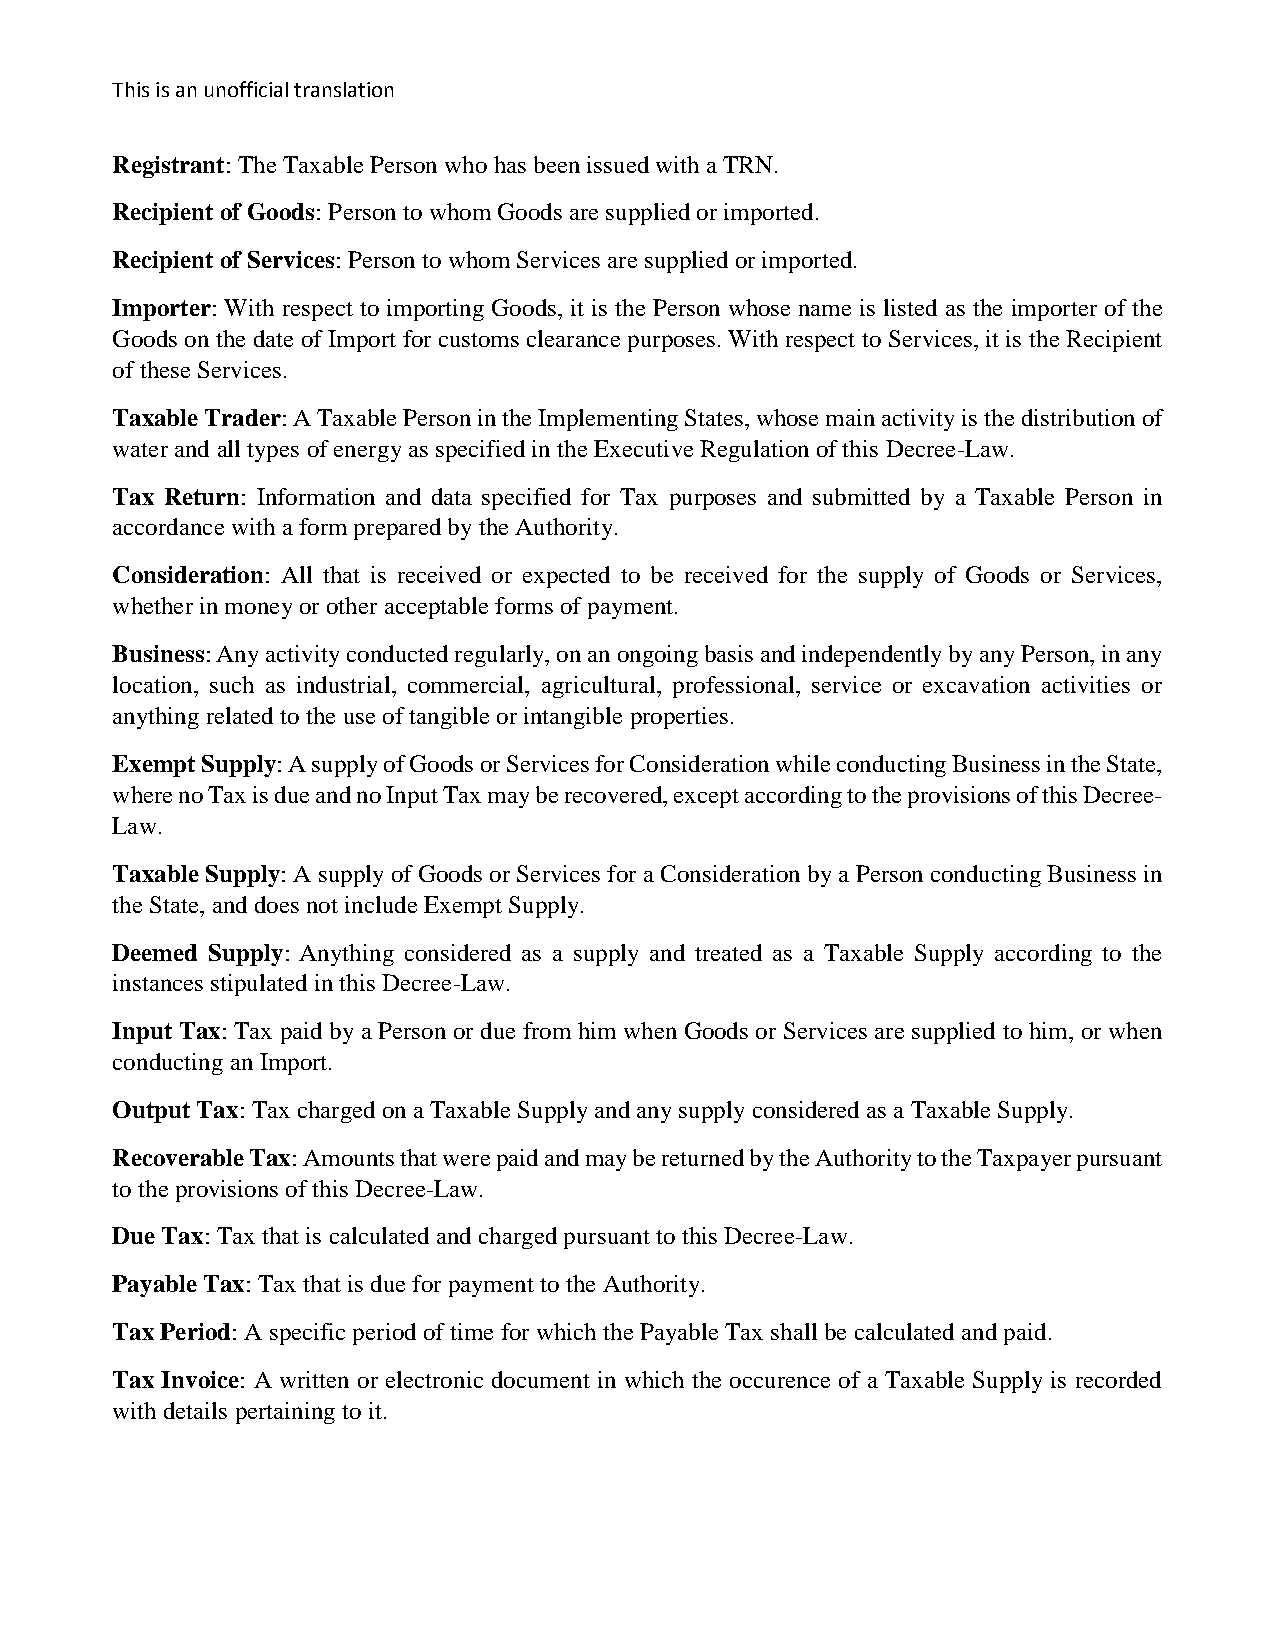
This is an unofficial translation
 Registrant: The Taxable Person who has been issued with a TRN.
 Recipient of Goods: Person to whom Goods are supplied or imported.
 Recipient of Services: Person to whom Services are supplied or imported.
 Importer: With respect to importing Goods, it is the Person whose name is listed as the importer of the
 Goods on the date of Import for customs clearance purposes. With respect to Services, it is the Recipient
 of these Services.
 Taxable Trader: A Taxable Person in the Implementing States, whose main activity is the distribution of
 water and all types of energy as specified in the Executive Regulation of this Decree-Law.
 Tax Return: Information and data specified for Tax purposes and submitted by a Taxable Person in
 accordance with a form prepared by the Authority.
 Consideration: All that is received or expected to be received for the supply of Goods or Services,
 whether in money or other acceptable forms of payment.
 Business: Any activity conducted regularly, on an ongoing basis and independently by any Person, in any
 location, such as industrial, commercial, agricultural, professional, service or excavation activities or
 anything related to the use of tangible or intangible properties.
 Exempt Supply: A supply of Goods or Services for Consideration while conducting Business in the State,
 where no Tax is due and no Input Tax may be recovered, except according to the provisions of this Decree-
 Law.
 Taxable Supply: A supply of Goods or Services for a Consideration by a Person conducting Business in
 the State, and does not include Exempt Supply.
 Deemed Supply: Anything considered as a supply and treated as a Taxable Supply according to the
 instances stipulated in this Decree-Law.
 Input Tax: Tax paid by a Person or due from him when Goods or Services are supplied to him, or when
 conducting an Import.
 Output Tax: Tax charged on a Taxable Supply and any supply considered as a Taxable Supply.
 Recoverable Tax: Amounts that were paid and may be returned by the Authority to the Taxpayer pursuant
 to the provisions of this Decree-Law.
 Due Tax: Tax that is calculated and charged pursuant to this Decree-Law.
 Payable Tax: Tax that is due for payment to the Authority.
 Tax Period: A specific period of time for which the Payable Tax shall be calculated and paid.
 Tax Invoice: A written or electronic document in which the occurence of a Taxable Supply is recorded
 with details pertaining to it.